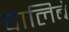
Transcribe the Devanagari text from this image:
पालिबे